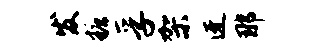
发糖孚架迓那